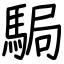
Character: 駶